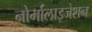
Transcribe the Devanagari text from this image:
नोर्मालाइजेशन